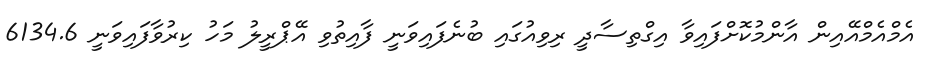
އެމްއެމްއޭއިން އާންމުކޮށްފައިވާ އިގްތިސާދީ ރިވިއުގައި ބުނެފައިވަނީ ފާއިތުވި އޭޕްރީލު މަހު ކިރުވާފައިވަނީ 6134.6